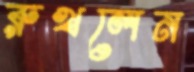
রুখলেন